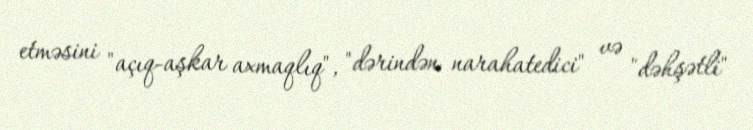
etməsini "açıq-aşkar axmaqlıq", "dərindən narahatedici" və "dəhşətli"